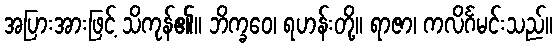
အပြားအားဖြင့် သိကုန်၏။ ဘိက္ခဝေ၊ ရဟန်းတို့။ ရာဇာ၊ ကလိင်္ဂမင်းသည်။